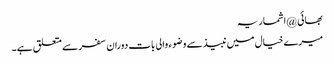
بھائی @اشماریہ
میرے خیال میں نبیذ سے وضوء والی بات دوران سفر سے متعلق ہے۔